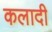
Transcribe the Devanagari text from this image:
कलादी